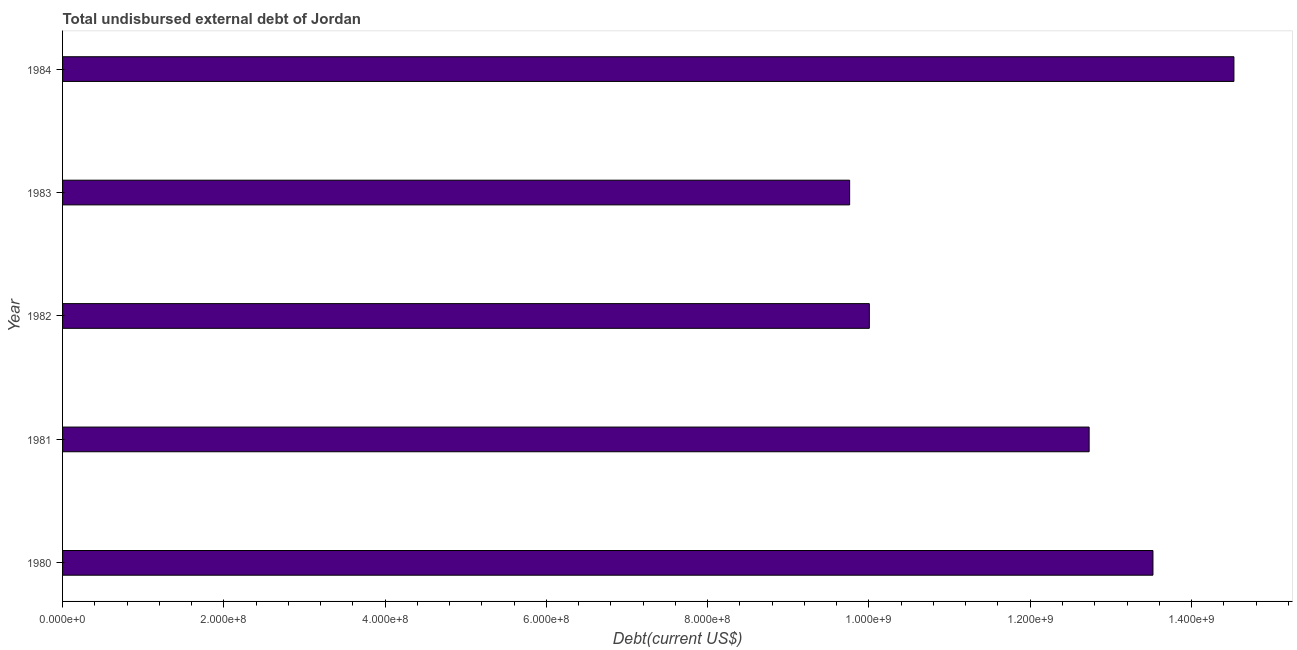
| Year | Total debt |
 | --- | --- |
 | 1980 | 1.35e+09 |
 | 1981 | 1.27e+09 |
 | 1982 | 1e+09 |
 | 1983 | 9.76e+08 |
 | 1984 | 1.45e+09 |